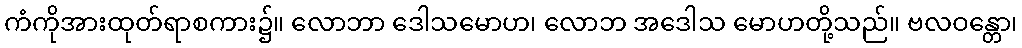
ကံကိုအားထုတ်ရာစကား၌။ လောဘာ ဒေါသမောဟ၊ လောဘ အဒေါသ မောဟတို့သည်။ ဗလဝန္တော၊